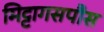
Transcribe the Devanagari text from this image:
मिट्टागसपौस